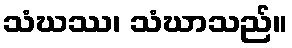
သံဃဿ၊ သံဃာသည်။